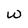
Character: W